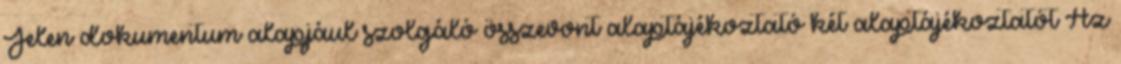
Jelen dokumentum alapjául szolgáló összevont alaptájékoztató két alaptájékoztatót Az